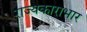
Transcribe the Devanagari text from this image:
राज्यकाराभार